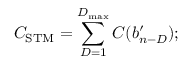
C _ { \mathrm { S T M } } = \sum _ { D = 1 } ^ { D _ { \mathrm { m a x } } } C ( b _ { n - D } ^ { \prime } ) ;